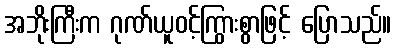
အဘိုးကြီးက ဂုဏ်ယူဝင့်ကြွားစွာဖြင့် ပြောသည်။